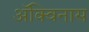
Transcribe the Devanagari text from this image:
ॲक्विनास